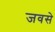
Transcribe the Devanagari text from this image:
जवसे